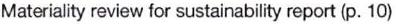
Materiality review for sustainability report (p. 10)